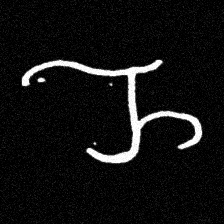
Pyu character \u2014 Myanmar letter: ည (romanized: nya)